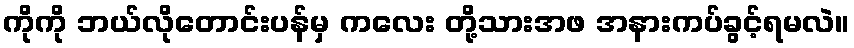
ကိုကို ဘယ်လိုတောင်းပန်မှ ကလေး တို့သားအဖ အနားကပ်ခွင့်ရမလဲ။